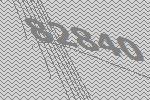
82840